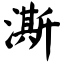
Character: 澌